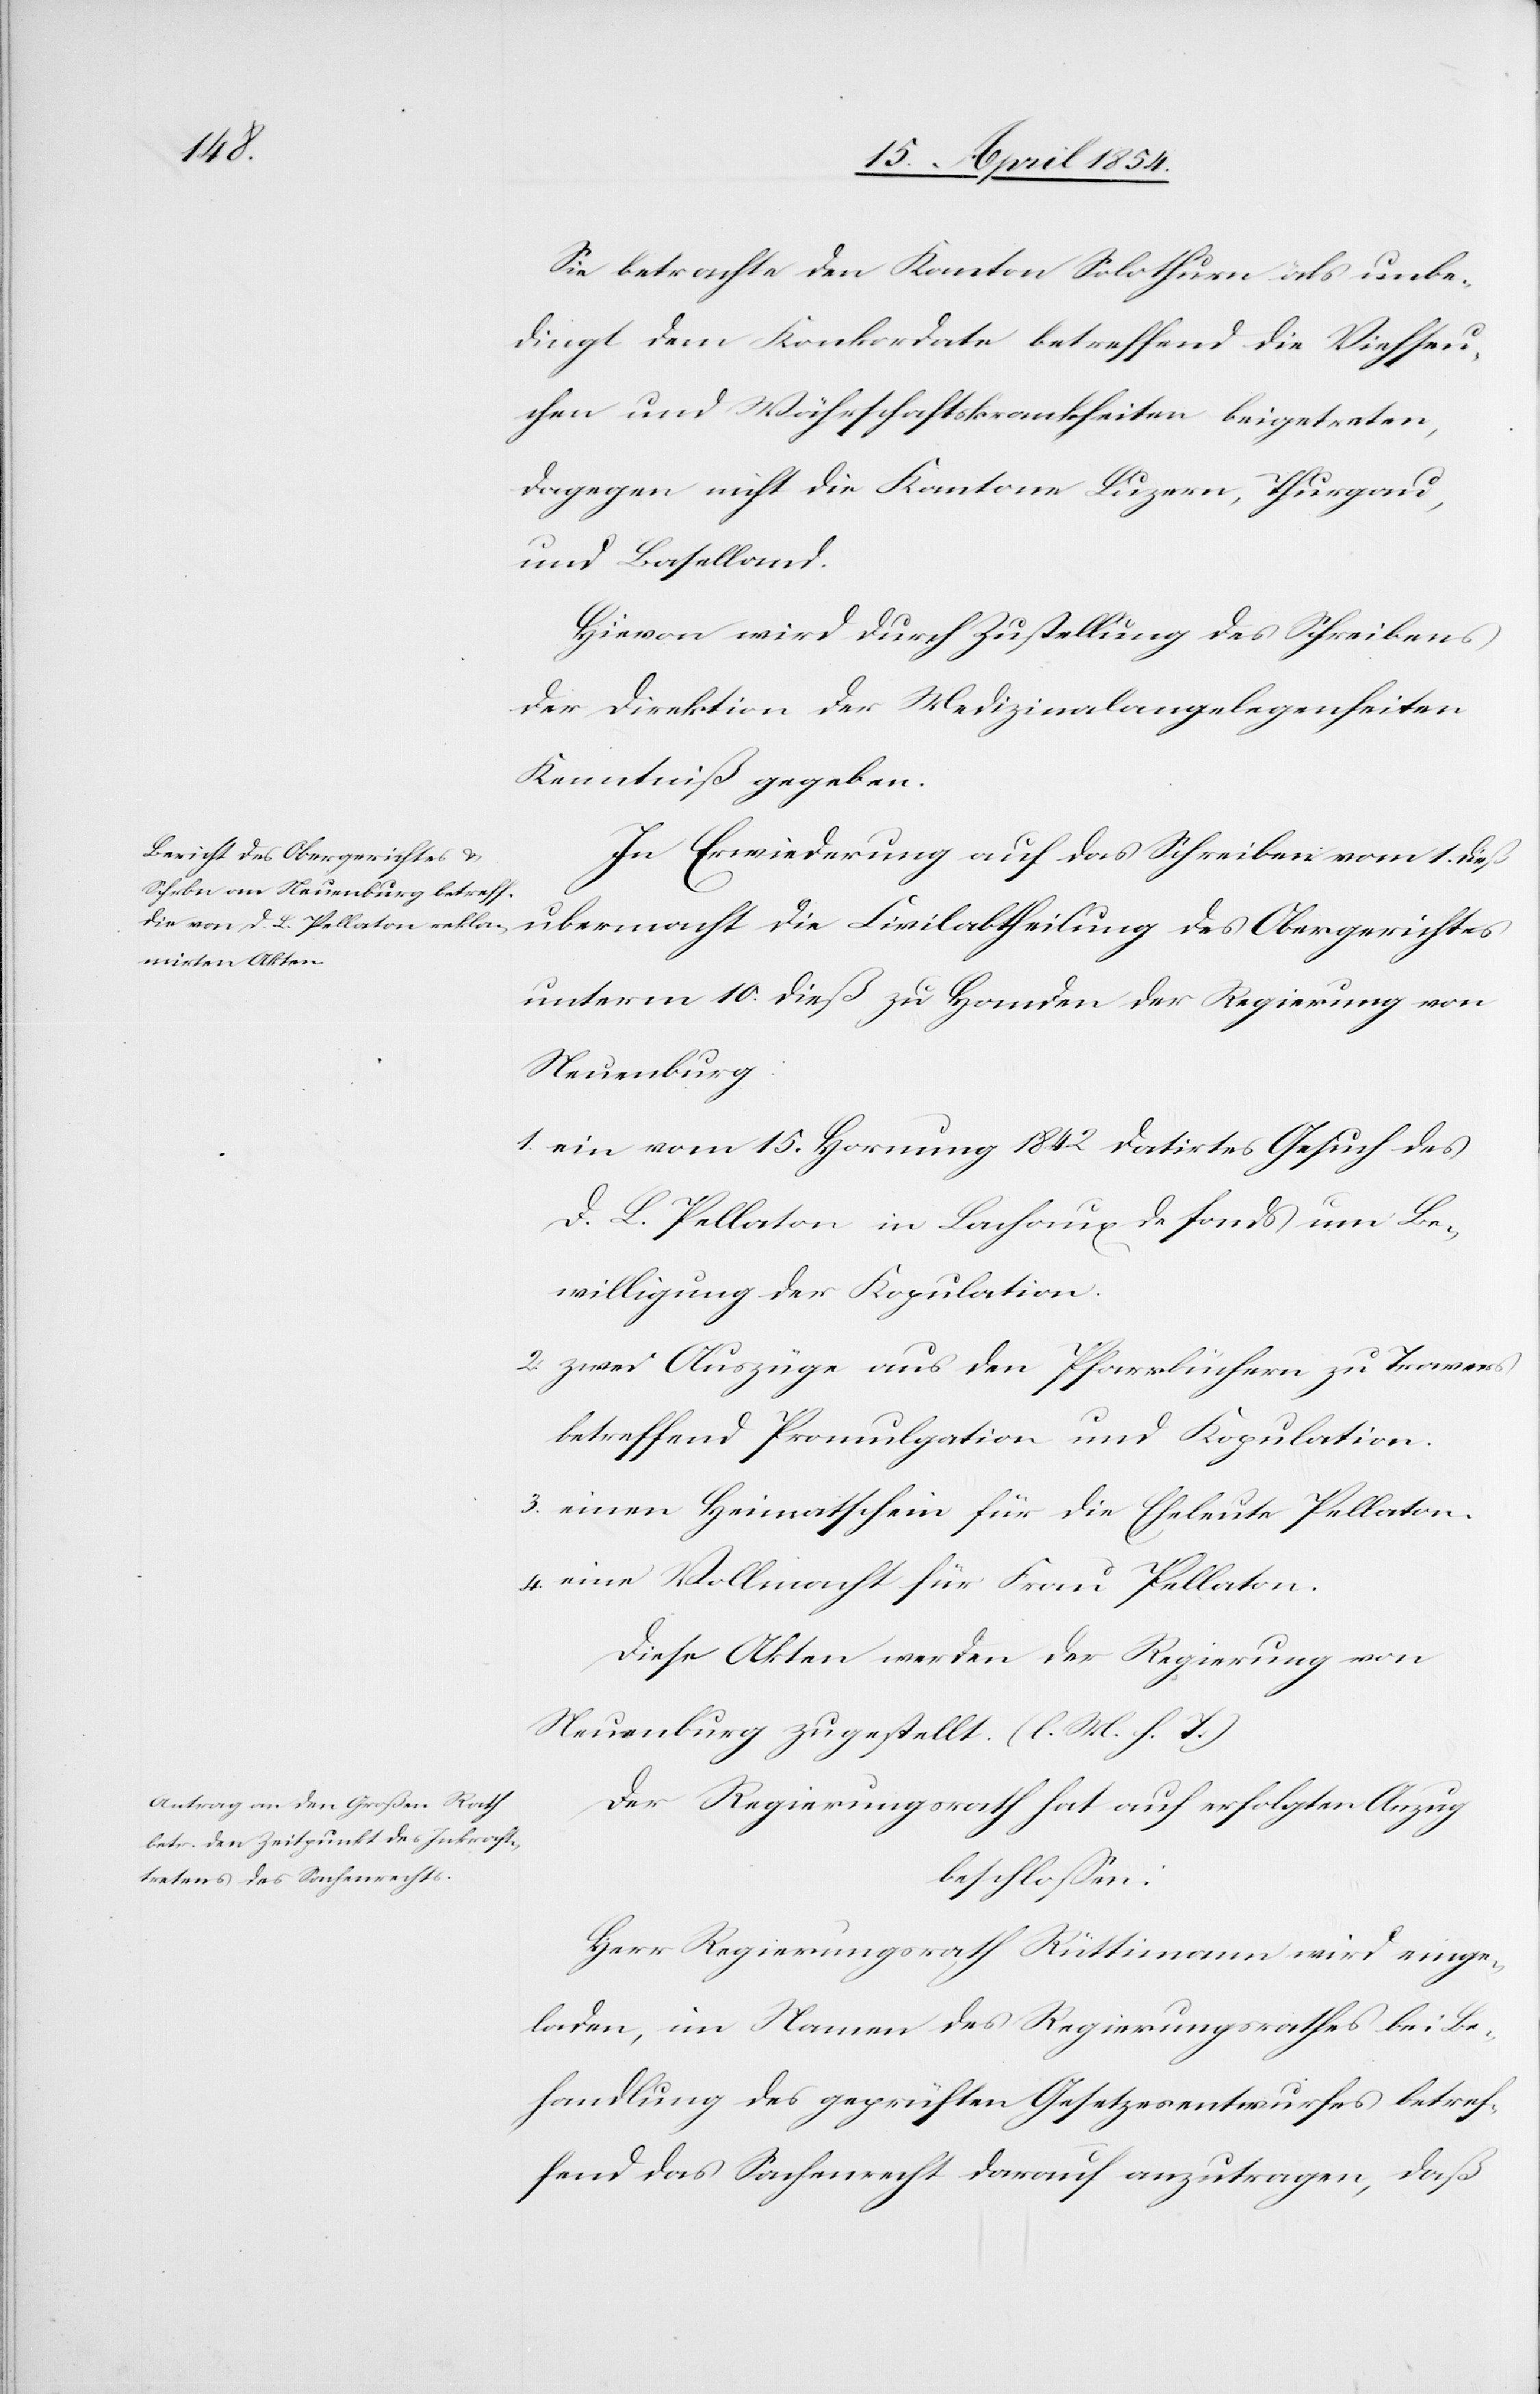
Sie betrachte den Kanton Solothurn als unbe¬
dingt dem Konkordate betreffend die Viehseu¬
chen und Währschaftskrankheiten beigetreten,
dagegen nicht die Kantone Luzern, Thurgau,
und Baselland.
Hievon wird durch Zustellung des Schreibens
der Direktion der Medizinalangelegenheiten
Kenntniß gegeben.
In Erwiederung auf das Schreiben vom 1. dieß
übermacht die Civilabtheilung des Obergerichtes
unterm 10. dieß zu Handen der Regierung von
Neuenburg:
1. ein vom 15. Hornung 1842 datirtes Gesuch des
D. L. Pellaton in Lachaux de Fonds um Be¬
willigung der Kopulation.
2. zwei Auszuge aus den Pfarrbüchern zu Travers
betreffend Promulgation und Kopulation.
3. einen Heimatschein für die Eheleute Pellaton.
4. eine Vollmacht für Frau Pellaton.
Diese Akten werden der Regierung von
Neuenburg zugestellt. (l. M. h. T.)
Der Regierungsrath hat auf erfolgten Anzug
beschloßen:
Herr Regierungsrath Rüttimann wird einge¬
laden, im Namen des Regierungsrathes bei Be¬
handlung des geprüften Gesetzesentwurfes betref¬
fend das Sachenrecht darauf anzutragen, daß